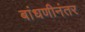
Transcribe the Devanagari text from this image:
बांधणीनंतर